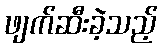
ဖျက်ဆီးခဲ့သည့်